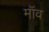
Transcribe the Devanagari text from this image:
मॉव